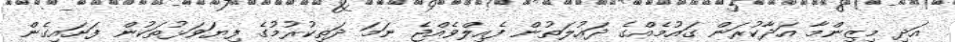
އަދި މިޒިންމާ އަދާކުރަން ގައުމެއްގެ ދައުލަތުން ފެއިލްވެއްޖެ ނަމަ ދަތިކުރުމުގެ ފިޔަވަޅުތަކުން ފަށައިގެން